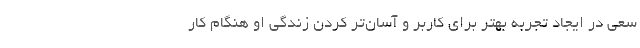
سعی در ایجاد تجربه بهتر برای کاربر و آسان‌تر کردن زندگی او هنگام کار